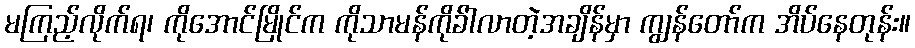
မကြည့်လိုက်ရ၊ ကိုအောင်မြိုင်က ကိုသာမန်ကိုခ်ါလာတဲ့အချိန်မှာ ကျွန်တော်က အိပ်နေတုန်း။